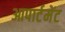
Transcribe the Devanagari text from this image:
आपार्टमेंट